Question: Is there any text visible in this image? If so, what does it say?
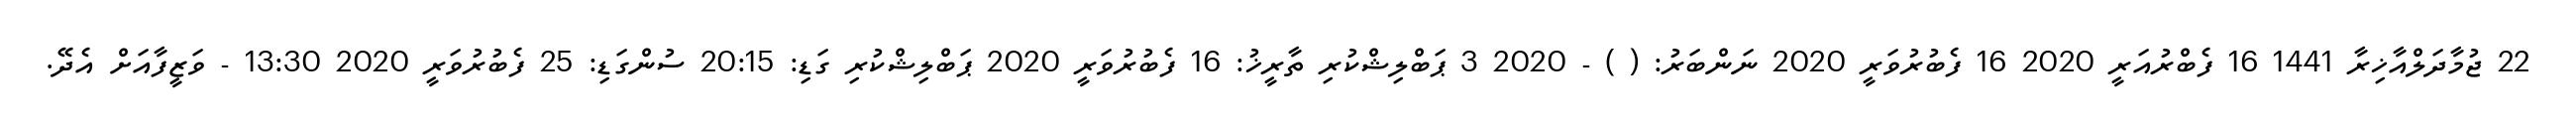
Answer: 22 ޖުމާދަލްއާޚިރާ 1441 16 ފެބްރުއަރީ 2020 16 ފެބުރުވަރީ 2020 ނަންބަރު: ( ) - 2020 3 ޕަބްލިޝްކުރި ތާރީޚު: 16 ފެބުރުވަރީ 2020 ޕަބްލިޝްކުރި ގަޑި: 20:15 ސުންގަޑި: 25 ފެބުރުވަރީ 2020 13:30 - ވަޒީފާއަށް އެދޭ.